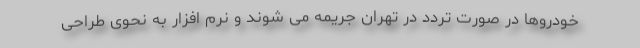
خودروها در صورت تردد در تهران جریمه می شوند و نرم افزار به نحوی طراحی